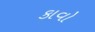
કાવો